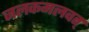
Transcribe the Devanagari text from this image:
जलकमलवत्